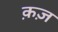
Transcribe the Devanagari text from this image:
क़ज़